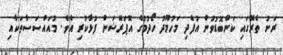
ރަށު ތެރޭގައި ކަންބޮޑުވުން އުފެދި މަހުމޫދު ހޯދުމުގެ އޮޕަރޭޝަން ފުޅާކުރި އެވެ. މުއައްސަސާތަކާއި